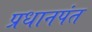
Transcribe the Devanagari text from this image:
प्रधानपंत